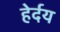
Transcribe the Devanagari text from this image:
हेर्दय